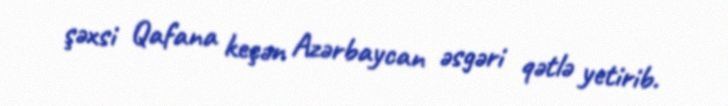
şəxsi Qafana keçən Azərbaycan əsgəri qətlə yetirib.